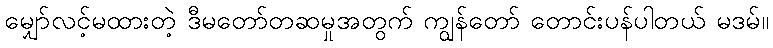
မျှော်လင့်မထားတဲ့ ဒီမတော်တဆမှုအတွက် ကျွန်တော် တောင်းပန်ပါတယ် မဒမ်။